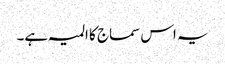
یہ اس سماج کا المیہ ہے۔